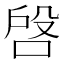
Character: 𠶳